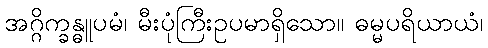
အဂ္ဂိက္ခန္ဓူပမံ၊ မီးပုံကြီးဥပမာရှိသော။ ဓမ္မပရိယာယံ၊